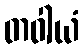
တဝါယံ